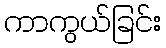
ကာကွယ်ခြင်း